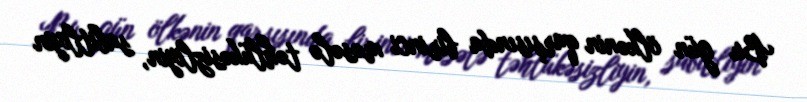
Bu gün ölkənin qarşısında birinci məsələ təhlükəsizliyin, sabitliyin